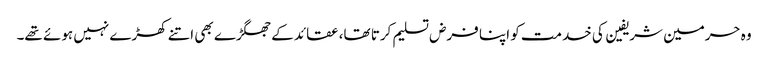
وہ حرمین شریفین کی خدمت کو اپنا فرض تسلیم کرتا تھا، عقائد کے جھگڑے بھی اتنے کھڑے نہیں ہوئے تھے۔